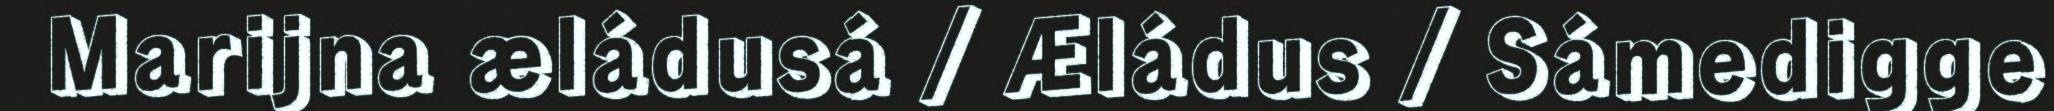
Marijna æládusá / Æládus / Sámedigge